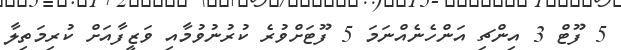
5 ފޫޓް 3 އިންޗި އަންހެނެއްނަމަ 5 ފޫޓަށްވުރެ ކުރުނުވުމާއި ވަޒީފާއަށް ކުރިމަތިލާ